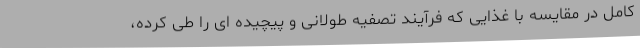
کامل در مقایسه با غذایی که فرآیند تصفیه طولانی و پیچیده ای را طی کرده،